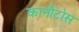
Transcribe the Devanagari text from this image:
कानौटोस